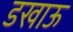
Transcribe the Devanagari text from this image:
डखाऊ